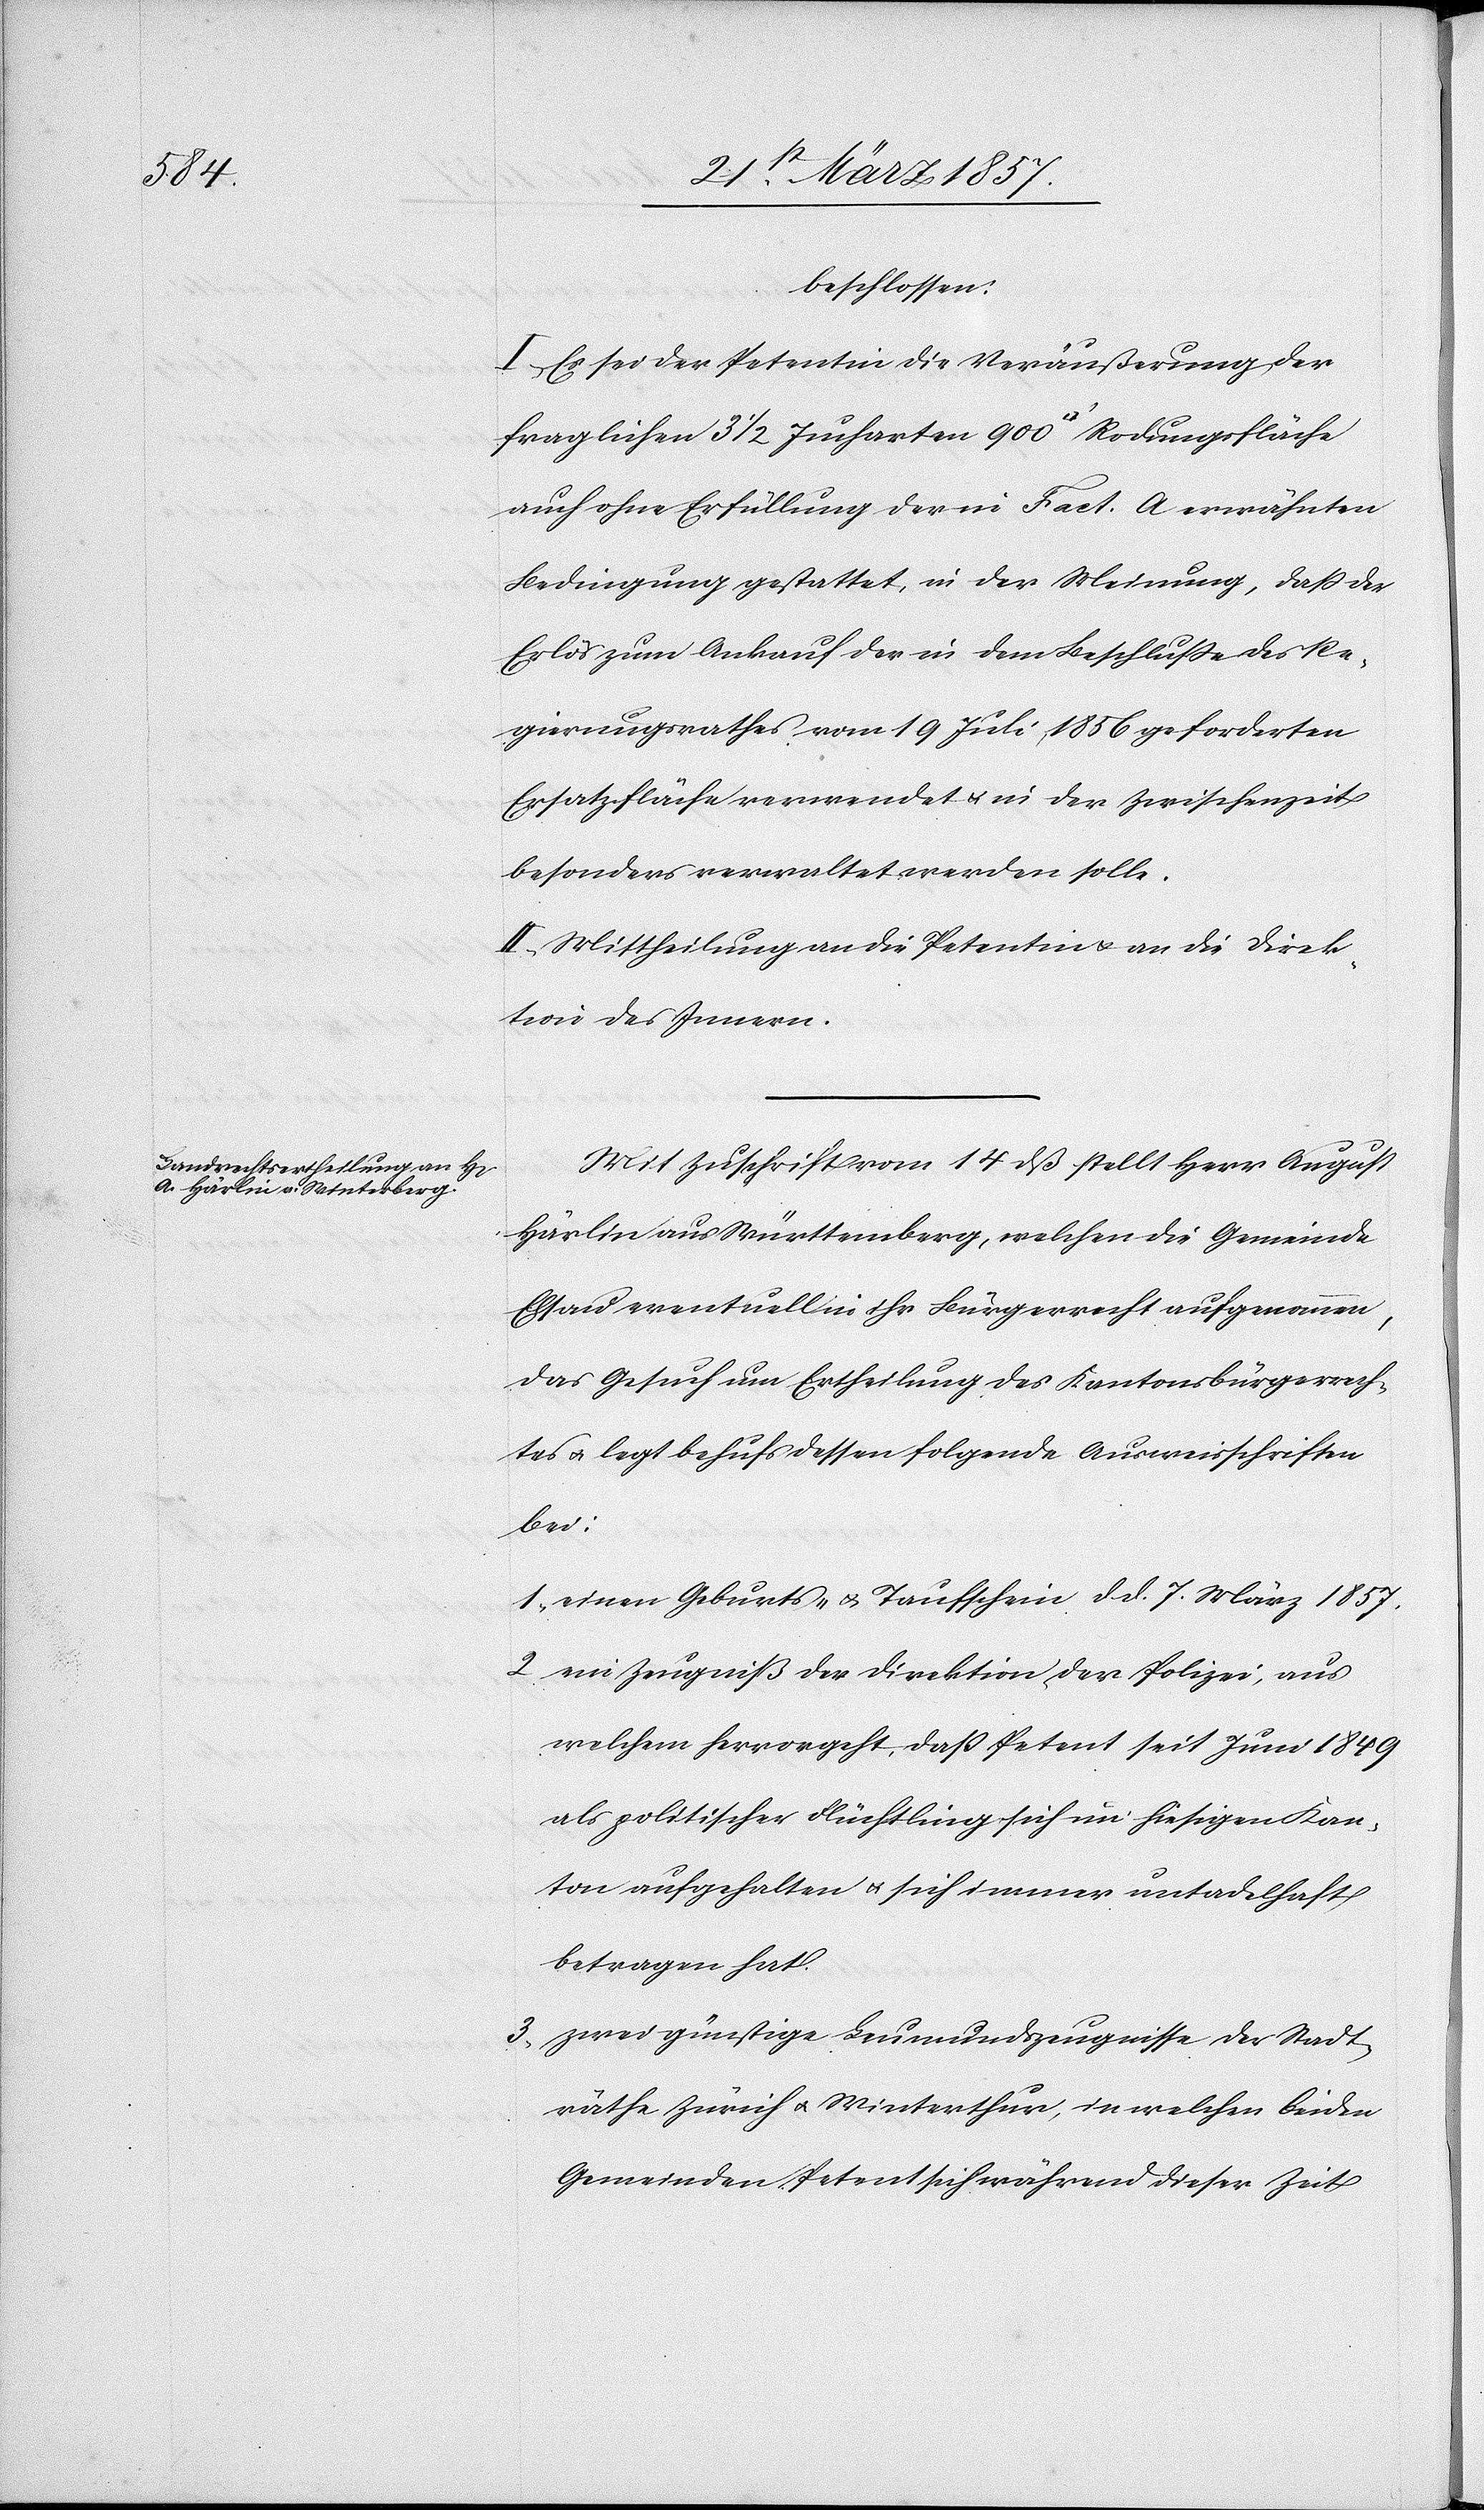
beschlossen:
I. Es sei der Petentin die Veräußerung der
fraglichen 3 ½ Jucharten 900 [Quadratfuss]
auch ohne Erfüllung der in Fact. A erwähnten
Bedingung gestattet, in der Meinung, daß der
Erlös zum Ankauf der in dem Beschluße des Re¬
gierungsrathes vom 19 Juli 1856 geforderten
Ersatzfläche verwendet u. in der Zwischenzeit
besonders verwaltet werden solle.
II. Mittheilung an die Petentin u. an die Direk¬
tion des Innern.
Mit Zuschrift vom 14 dß stellt Herr August
Härlin aus Württemberg, welchen die Gemeinde
Elsau eventuell in ihr Bürgerrecht aufgenommen,
das Gesuch um Ertheilung des Kantonsbürgerrech¬
tes u. legt behufs dessen folgende Ausweisschriften
bei:
1. einen Geburts- u. Taufschein d. d. 7. März 1857.
2. ein Zeugniß der Direktion der Polizei, aus
welchem hervorgeht, daß Petent seit Juni 1849
als politischer Flüchtling sich im hiesigen Kan¬
ton aufgehalten u. sich immer untadelhaft
betragen hat.
3. zwei günstige Leumundszeugnisse der Stadt¬
räthe Zürich u. Winterthur, in welchen beiden
Gemeinden Petent sich während dieser Zeit